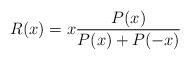
LaTeX: \begin{align*} R(x) = x \frac{P(x)}{P(x)+P(-x)}\end{align*}